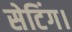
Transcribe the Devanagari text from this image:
सेटिंग।